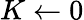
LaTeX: K\gets 0